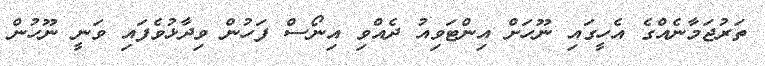
ތަރުޖަމާނެއްގެ އެހީގައި ނޫހަށް އިންޓަވިއު ދެއްވި އިނޯސް ފަހުން ވިދާޅުވެފައި ވަނީ ނޫހުން